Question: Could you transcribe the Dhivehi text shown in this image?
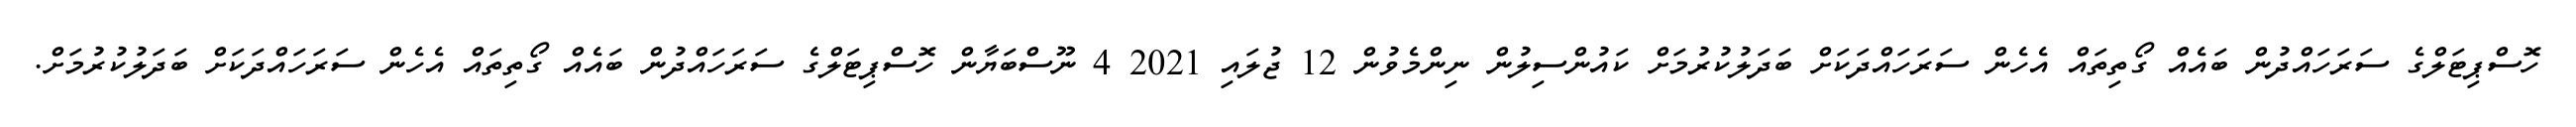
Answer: ހޮސްޕިޓަލްގެ ސަރަހައްދުން ބައެއް ގޯތިތައް އެހެން ސަރަހައްދަކަށް ބަދަލުކުރުމަށް ކައުންސިލުން ނިންމެވުން 12 ޖުލައި 2021 4 ނޫސްބަޔާން ހޮސްޕިޓަލްގެ ސަރަހައްދުން ބައެއް ގޯތިތައް އެހެން ސަރަހައްދަކަށް ބަދަލުކުރުމަށް.